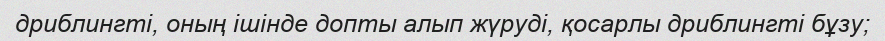
дриблингті, оның ішінде допты алып жүруді, қосарлы дриблингті бұзу;